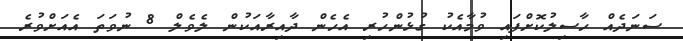
ސަނަދެއް ހާސިލުކޮށްފައި ވުމާއެކު ގުޅުންހުރި އެހެން ދާއިރާއަކުން ލެވެލް 8 ނުވަތަ އެއަށްވުރެ